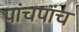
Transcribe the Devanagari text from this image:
पांचपांच